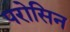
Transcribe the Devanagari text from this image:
परोसिन